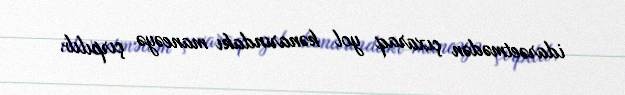
idarəetmədən çıxaraq yol kənarındakı maneəyə çırpılıb.